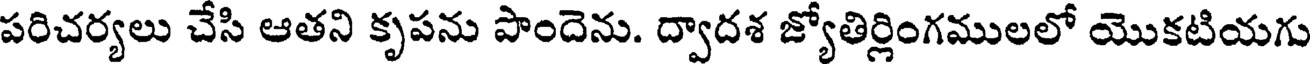
పరిచర్యలు చేసి ఆతని కృపను పొందెను. ద్వాదశ జ్యోతిర్లింగములలో యొకటియగు